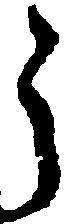
う